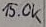
Text: 15.0K